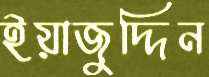
ইয়াজুদ্দিন